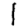
Digit: 1